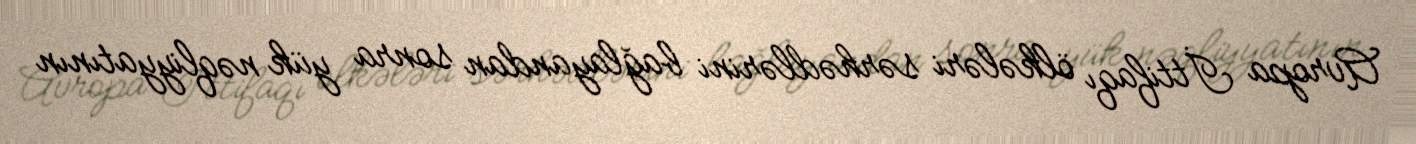
Avropa İttifaqı ölkələri sərhədlərini bağlayandan sonra yük nəqliyyatının